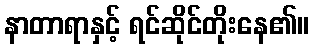
နာတာရာနှင့် ရင်ဆိုင်တိုးနေ၏။